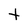
Character: t